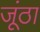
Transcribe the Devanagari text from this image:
जूंठा